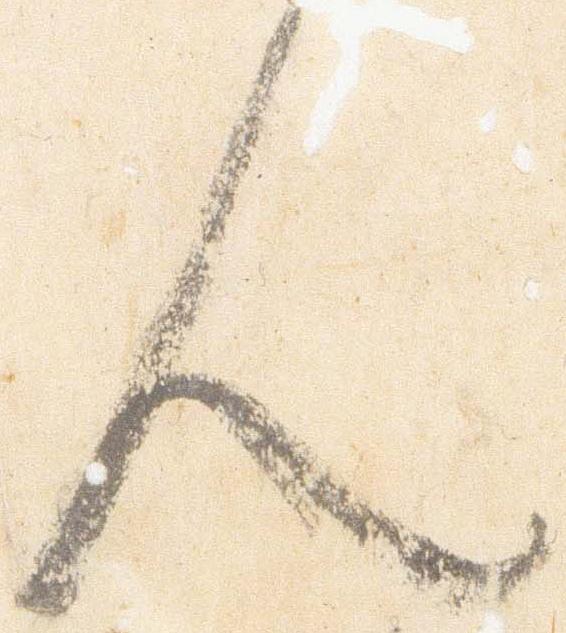
人